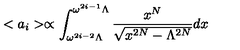
< a _ { i } > \propto \int _ { \omega ^ { 2 i - 2 } \Lambda } ^ { \omega ^ { 2 i - 1 } \Lambda } \frac { x ^ { N } } { \sqrt { x ^ { 2 N } - \Lambda ^ { 2 N } } } d x